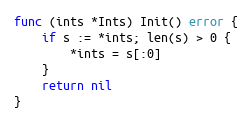
Language: Go
func (ints *Ints) Init() error {
	if s := *ints; len(s) > 0 {
		*ints = s[:0]
	}
	return nil
}